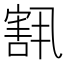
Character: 𫳶